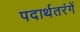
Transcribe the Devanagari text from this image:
पदार्थतरंगें